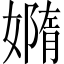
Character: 嫷